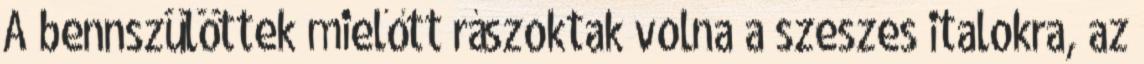
A bennszülöttek mielőtt rászoktak volna a szeszes italokra, az